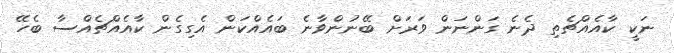
ނަކީ ކާއެއްޗެތި ދެނެ ގަންނަން ވަރަށް ބޭނުންވާނެ ބައެއްކަން އެގިގެން ކާއެއްޗެއްސާ ބެހޭ